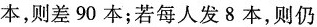
本，则差90本；若每人发8本，则仍